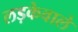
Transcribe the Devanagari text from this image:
लड़केवाले